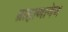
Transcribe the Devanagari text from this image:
ब्राह्मणानेच